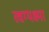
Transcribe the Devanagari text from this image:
त्वग्यक्ष्मा